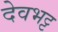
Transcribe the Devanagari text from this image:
देवभट्ट